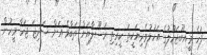
ފަހެ މީއބޫޖަހުލުގެ އަހުލުވެރިޔަކީތަ ކީރިތި ރަސޫލާޔަށް ތަބާވެ އަށް ސަދިޖަ ޖަހާ މީހުން